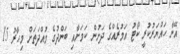
އޭނާ ހައްޔަރުކުރީ ކޯޓު އަމުރެއްގެ ދަށުން ކަމަށާއި ބަންދުގެ މުއްދަތަށް މިހާރު 15